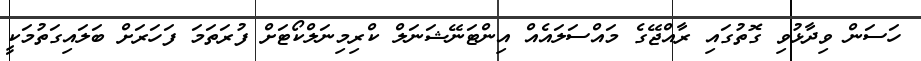
ހަސަން ވިދާޅުވި ގޮތުގައި ރާއްޖޭގެ މައްސަލައެއް އިންޓަނޭޝަނަލް ކްރިމިނަލްކޯޓަށް ފުރަތަމަ ފަހަރަށް ބަލައިގަތުމަކީ